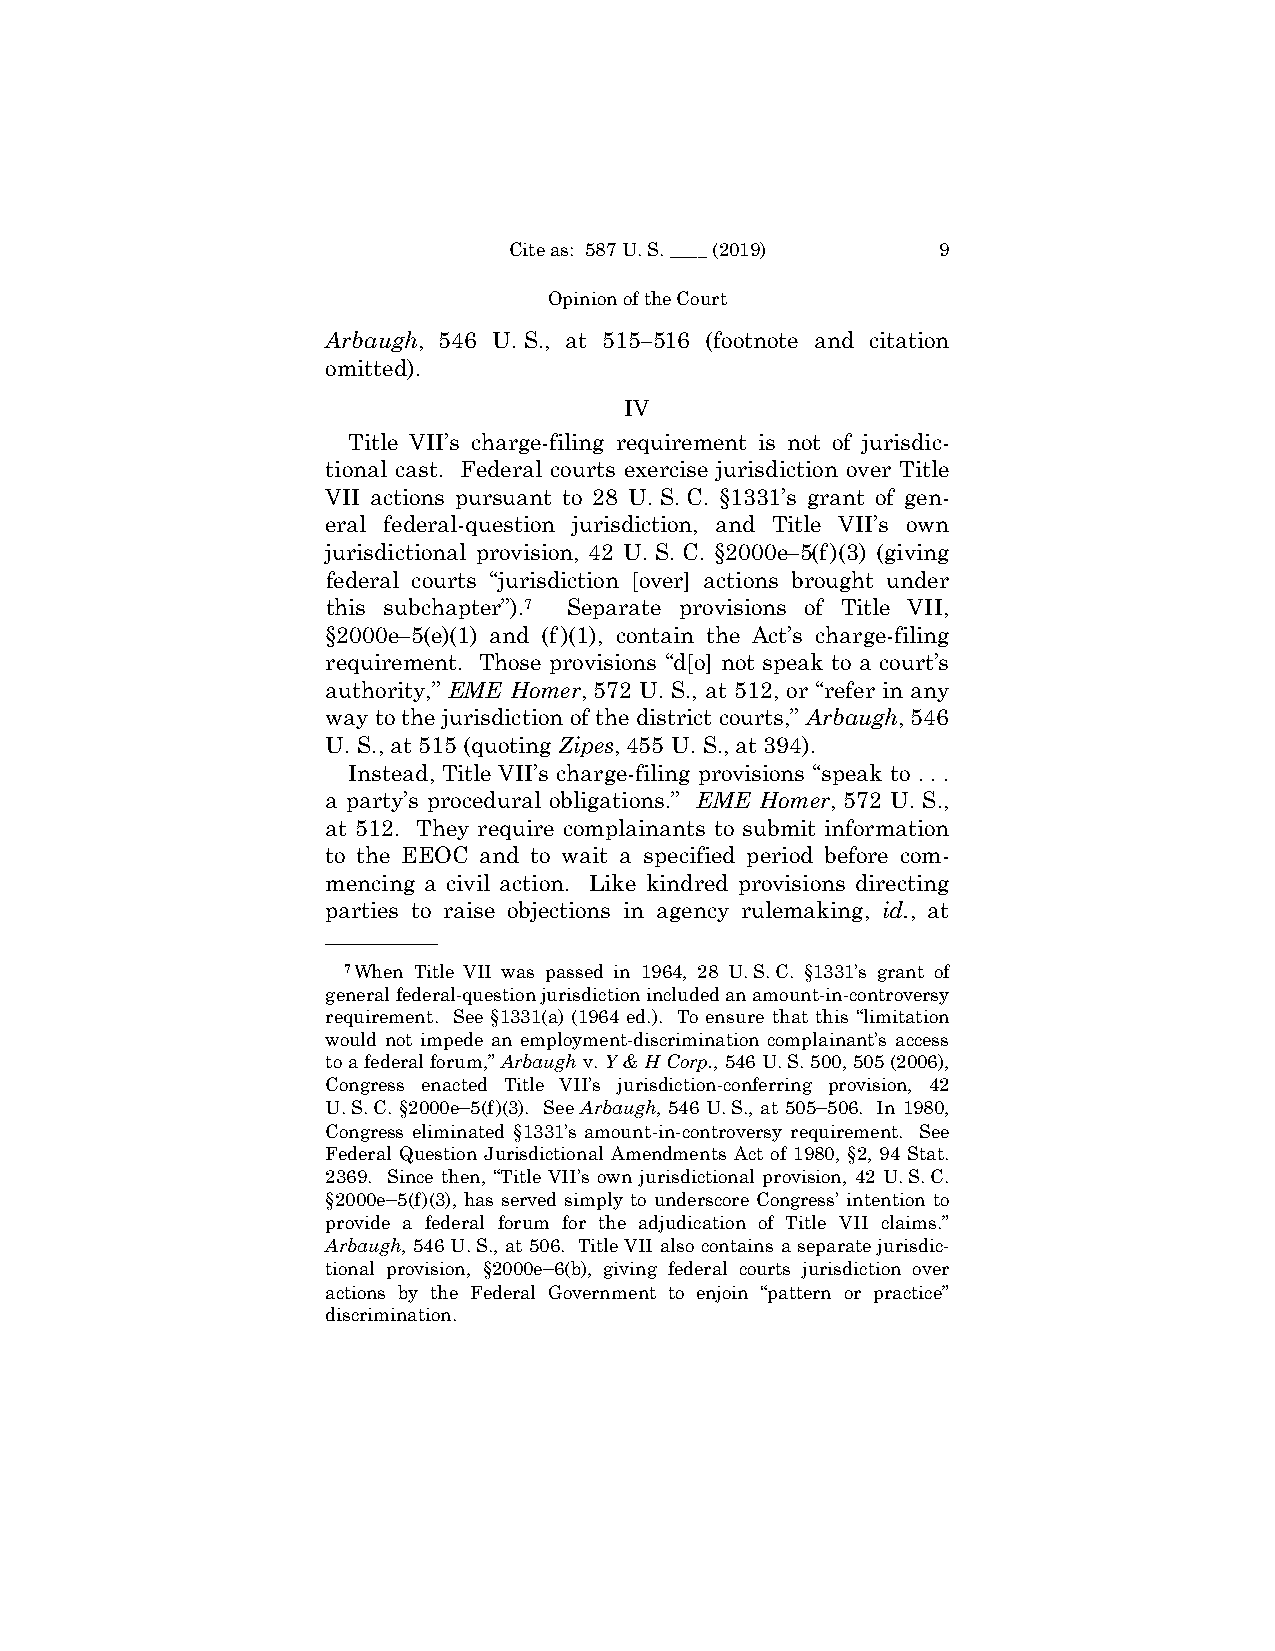
Cite as: 587 U. S. ____ (2019) 9
 Opinion of the Court
 Arbaugh, 546 U. S., at 515–516 (footnote and citation
 omitted).
 IV
 Title VII’s charge-filing requirement is not of jurisdic-
 tional cast. Federal courts exercise jurisdiction over Title
 VII actions pursuant to 28 U. S. C. §1331’s grant of gen-
 eral federal-question jurisdiction, and Title VII’s own
 jurisdictional provision, 42 U. S. C. §2000e–5(f )(3) (giving
 federal courts “jurisdiction [over] actions brought under
 this subchapter”).7 Separate provisions of Title VII,
 §2000e–5(e)(1) and (f )(1), contain the Act’s charge-filing
 requirement. Those provisions “d[o] not speak to a court’s
 authority,” EME Homer, 572 U. S., at 512, or “refer in any
 way to the jurisdiction of the district courts,” Arbaugh, 546
 U. S., at 515 (quoting Zipes, 455 U. S., at 394).
 Instead, Title VII’s charge-filing provisions “speak to . . .
 a party’s procedural obligations.” EME Homer, 572 U. S.,
 at 512. They require complainants to submit information
 to the EEOC and to wait a specified period before com-
 mencing a civil action. Like kindred provisions directing
 parties to raise objections in agency rulemaking, id., at
 ——————
 7When Title VII was passed in 1964, 28 U. S. C. §1331’s grant of
 general federal-question jurisdiction included an amount-in-controversy
 requirement. See §1331(a) (1964 ed.). To ensure that this “limitation
 would not impede an employment-discrimination complainant’s access
 to a federal forum,” Arbaugh v. Y & H Corp., 546 U. S. 500, 505 (2006),
 Congress enacted Title VII’s jurisdiction-conferring provision, 42
 U. S. C. §2000e‒5(f)(3). See Arbaugh, 546 U. S., at 505‒506. In 1980,
 Congress eliminated §1331’s amount-in-controversy requirement. See
 Federal Question Jurisdictional Amendments Act of 1980, §2, 94 Stat.
 2369. Since then, “Title VII’s own jurisdictional provision, 42 U. S. C.
 §2000e‒5(f)(3), has served simply to underscore Congress’ intention to
 provide a federal forum for the adjudication of Title VII claims.”
 Arbaugh, 546 U. S., at 506. Title VII also contains a separate jurisdic-
 tional provision, §2000e‒6(b), giving federal courts jurisdiction over
 actions by the Federal Government to enjoin “pattern or practice”
 discrimination.